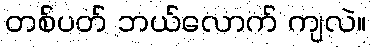
တစ်ပတ် ဘယ်လောက် ကျလဲ။